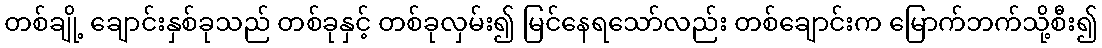
တစ်ချို့ ချောင်းနှစ်ခုသည် တစ်ခုနှင့် တစ်ခုလှမ်း၍ မြင်နေရသော်လည်း တစ်ချောင်းက မြောက်ဘက်သို့စီး၍